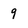
Character: 9